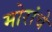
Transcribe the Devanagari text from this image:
मोरांचे